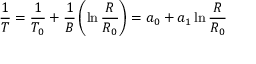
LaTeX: { \frac { 1 } { T } } = { \frac { 1 } { T _ { 0 } } } + { \frac { 1 } { B } } \left( \ln { \frac { R } { R _ { 0 } } } \right) = a _ { 0 } + a _ { 1 } \ln { \frac { R } { R _ { 0 } } }